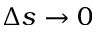
\Delta s \rightarrow 0